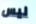
ليس